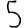
Digit: 5